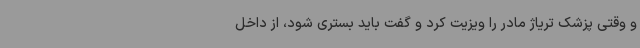
و وقتی پزشک تریاژ مادر را ویزیت کرد و گفت باید بستری شود، از داخل